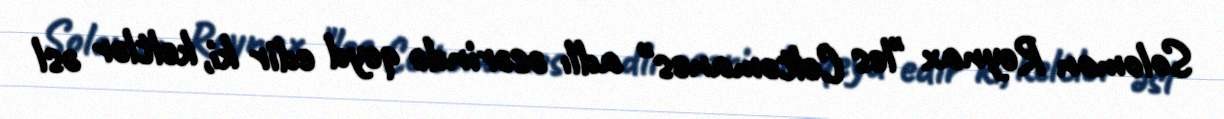
Solomon Reynax "les Celtomanes" adlı əsərində qeyd edir ki, keltlər əsl